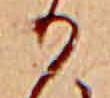
か